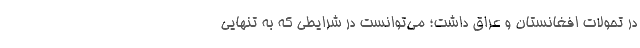
در تحولات افغانستان و عراق داشت؛ می‌توانست در شرایطی که به تنهایی